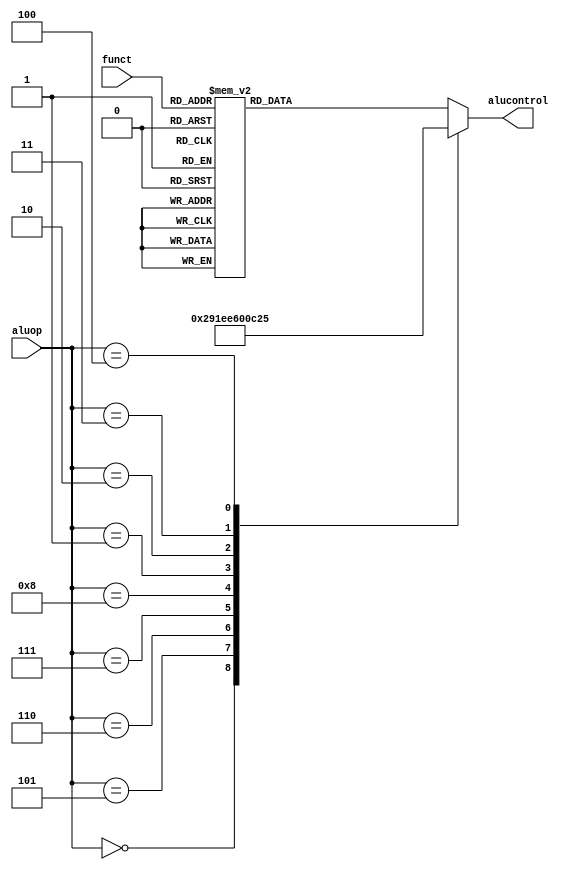
`timescale 1ns / 1ps
//////////////////////////////////////////////////////////////////////////////////
// Company: 
// Engineer: 
// 
// Design Name: 
// Module Name: aludec
// Project Name: 
// Target Devices: 
// Tool Versions: 
// Description: 
// 
// Dependencies: 
// 
// Revision:
// Revision 0.01 - File Created
// Additional Comments:
// 
//////////////////////////////////////////////////////////////////////////////////

module aludec(
	input wire[5:0] funct,
	input wire[4:0] aluop,
	output reg[4:0] alucontrol
    );
	always @(*) begin
		case (aluop)
			5'b00000: alucontrol <= 5'b00010;//add (for lw/sw/addi)
			5'b00101: alucontrol <= 5'b10010;//addu (for addiu)
			5'b00110: alucontrol <= 5'b00111;//slt (for slti)
			5'b00111: alucontrol <= 5'b10111;//sltu (for sltiu)
			
			5'b01000: alucontrol <= 5'b00110;//sub (for beq)
			5'b00001: alucontrol <= 5'b00000;//and (for andi)
			5'b00010: alucontrol <= 5'b00011;//xor (for xori)
			5'b00011: alucontrol <= 5'b00001;//or (for ori)
			5'b00100: alucontrol <= 5'b00101;//LUI (for lui)
			
			//Rfunct
			default : case (funct)
				6'b100000:alucontrol <= 5'b00010; //add
				6'b100001:alucontrol <= 5'b10010; //addu()
				6'b100010:alucontrol <= 5'b00110; //sub
				6'b100011:alucontrol <= 5'b10110; //subu
				6'b101010:alucontrol <= 5'b00111; //slt
				6'b101011:alucontrol <= 5'b10111; //sltu
				
				6'b100100:alucontrol <= 5'b00000; //and
				6'b100101:alucontrol <= 5'b00001; //or
				6'b100110:alucontrol <= 5'b00011; //xor
				6'b100111:alucontrol <= 5'b00100; //nor
				
				6'b000000:alucontrol <= 5'b01000; //sll(,sa)
				6'b000010:alucontrol <= 5'b01001; //srl(,sa)
				6'b000011:alucontrol <= 5'b01010; //sra(,sa)
				6'b000100:alucontrol <= 5'b11000; //sll(,rs)
				6'b000110:alucontrol <= 5'b11001; //srl(,rs)
				6'b000111:alucontrol <= 5'b11010; //sra(,rs)
				
				6'b010001:alucontrol <= 5'b10000; //rs
				6'b010011:alucontrol <= 5'b10000; //rs
				
				6'b011000: alucontrol <= 5'b01111;//MULT
                6'b011001: alucontrol <= 5'b11111;//MULTU
                6'b011010: alucontrol <= 5'b01110;//DIV
                6'b011011: alucontrol <= 5'b11110;//DIVU
				
				default:  alucontrol <= 5'b00000;
			endcase
		endcase
	
	end
endmodule